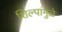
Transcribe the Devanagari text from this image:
शिल्पांमुळे